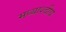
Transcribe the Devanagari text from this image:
मध्याश्वीय